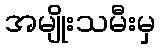
အမျိုးသမီးမှ